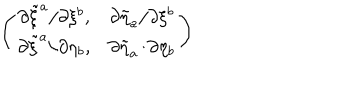
LaTeX: \left( \begin{array} { c c } { { \partial \tilde { \xi } ^ { a } / \partial \xi ^ { b } , } } & { { \partial \tilde { \eta } _ { a } / \partial \xi ^ { b } } } \\ { { \partial \tilde { \xi } ^ { a } / \partial \eta _ { b } , } } & { { \partial \tilde { \eta } _ { a } / \partial \eta _ { b } } } \\ \end{array} \right)